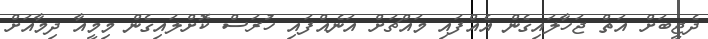
ދެޖީބަށް އަތް ޖަހާލައިގެން އެއްފައި މައްޗަށް އަނެއްފައި ހުރަސް ކޮށްލައިގެން މިމީއާ ދިމާއަށް